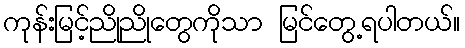
ကုန်းမြင့်ညိုညိုတွေကိုသာ မြင်တွေ့ရပါတယ်။